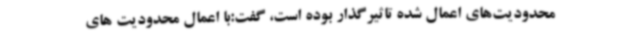
محدودیت‌های اعمال شده تاثیرگذار بوده است، گفت:با اعمال محدودیت های